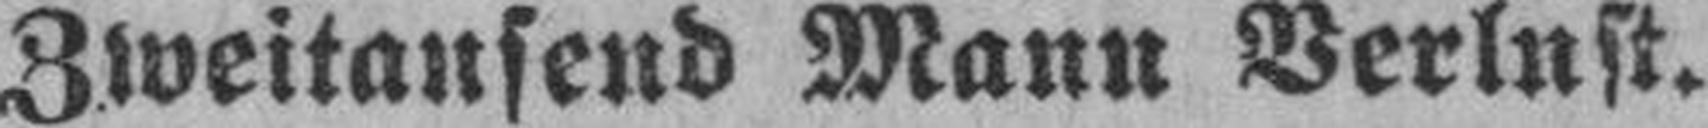
Zweitausend Mann Verlust.